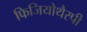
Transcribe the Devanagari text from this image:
फिजियोथैरपी